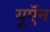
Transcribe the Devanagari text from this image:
यूऍन